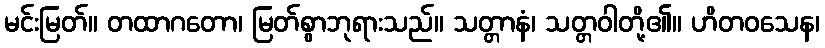
မင်းမြတ်။ တထာဂတော၊ မြတ်စွာဘုရားသည်။ သတ္တာနံ၊ သတ္တဝါတို့၏။ ဟိတဝသေန၊